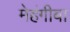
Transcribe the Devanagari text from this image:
मेहंगीबा